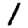
Digit: 1